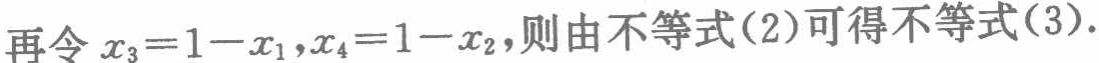
再令 \(x_{3}=1 - x_{1},x_{4}=1 - x_{2}\),则由不等式(2)可得不等式(3).